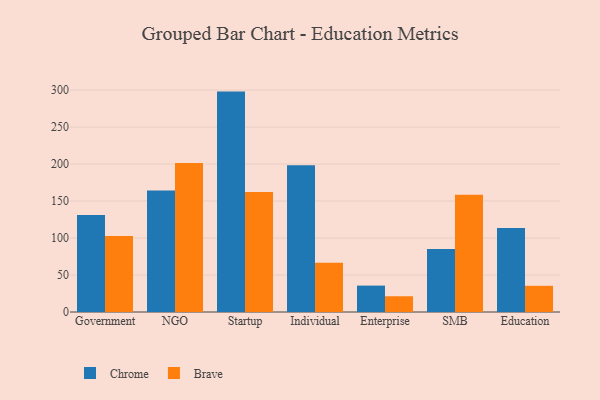
{"axis": {"x": "Segment", "y": "Active Users"}, "legend": ["Brave", "Chrome"], "data": [{"x": "Government", "y": 131.0, "type": "Chrome"}, {"x": "Government", "y": 102.8, "type": "Brave"}, {"x": "NGO", "y": 164.4, "type": "Chrome"}, {"x": "NGO", "y": 201.6, "type": "Brave"}, {"x": "Startup", "y": 298.0, "type": "Chrome"}, {"x": "Startup", "y": 162.2, "type": "Brave"}, {"x": "Individual", "y": 198.3, "type": "Chrome"}, {"x": "Individual", "y": 66.6, "type": "Brave"}, {"x": "Enterprise", "y": 35.7, "type": "Chrome"}, {"x": "Enterprise", "y": 21.3, "type": "Brave"}, {"x": "SMB", "y": 85.2, "type": "Chrome"}, {"x": "SMB", "y": 158.4, "type": "Brave"}, {"x": "Education", "y": 113.7, "type": "Chrome"}, {"x": "Education", "y": 35.4, "type": "Brave"}]}